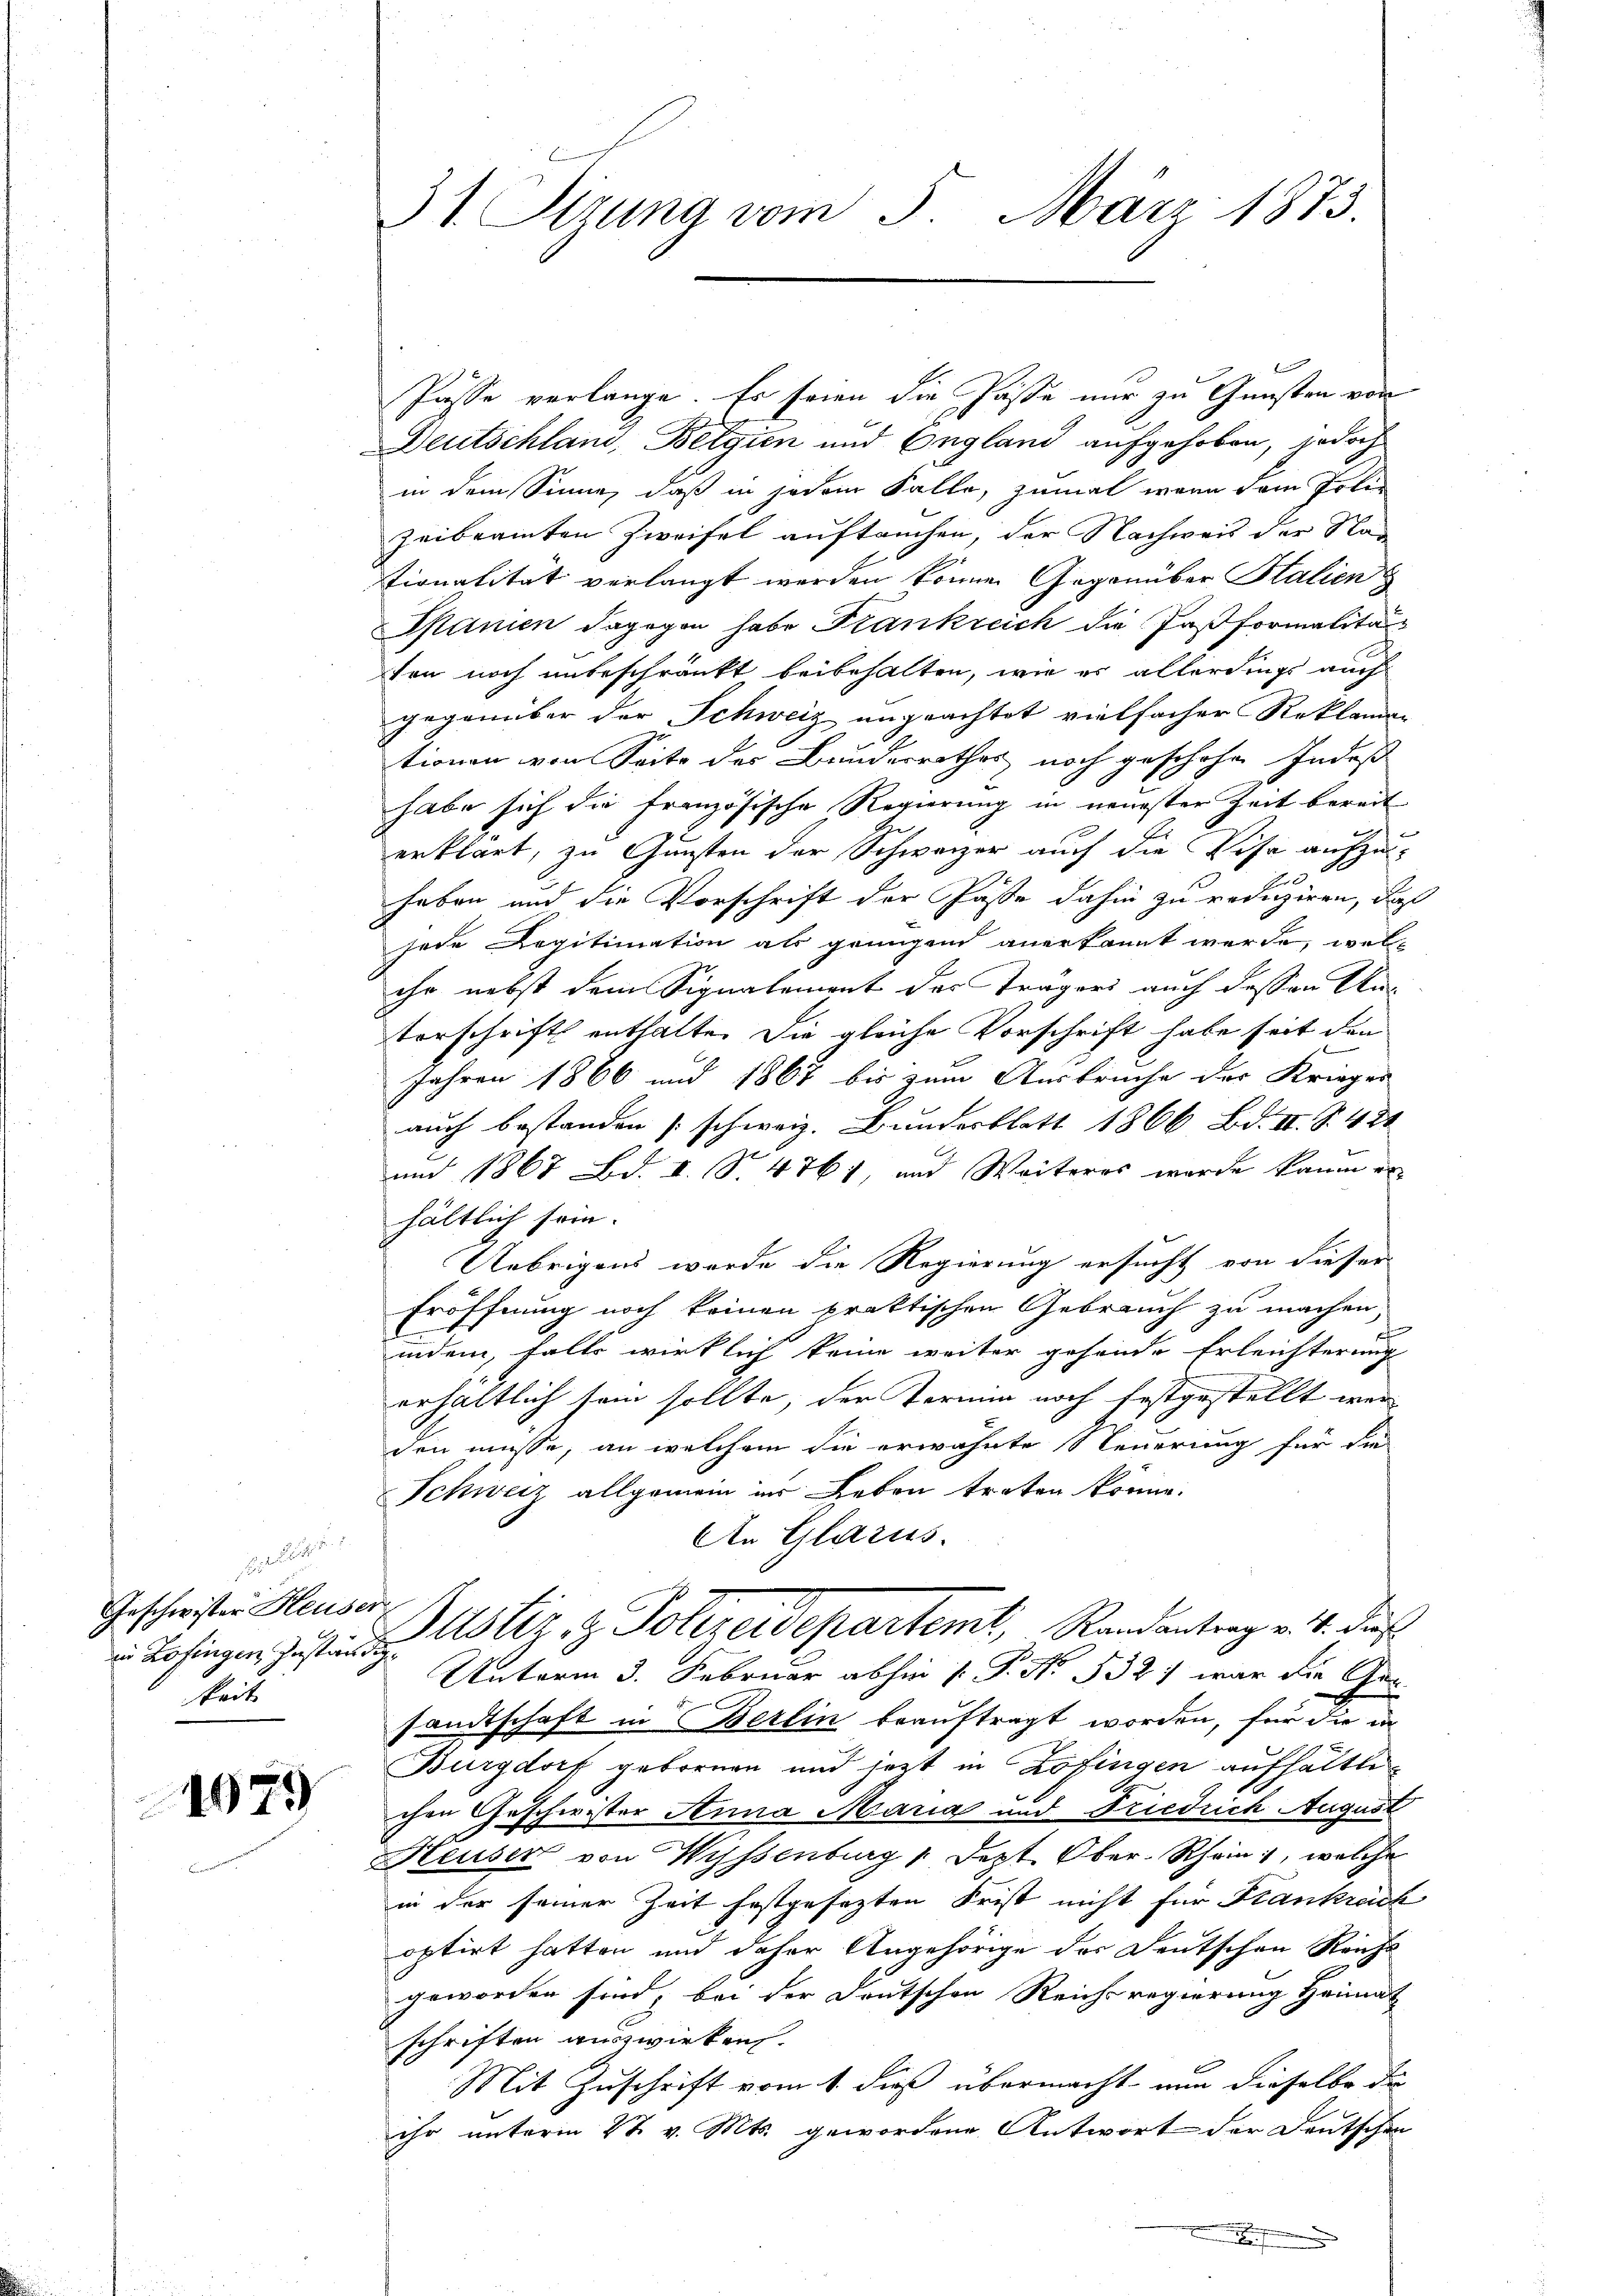
etlichen
Geschwister Heuse
e
in Zofingen Zustän
keit

1079

31. Sizung vom 5. März 1873.

Pässe verlange. Es seien die Pässe nur zu Gunsten von
Deutschland, Belgien und England aufgehoben, jedoch
in dem Sinne, daß in jedem Falle, zumal waren dem Polie
zeibeamten Zweifel auftauchen, der Nachweis der Nad
tionalität verlangt werden können Gegenüber Stalien
Spanien dagegen habe Frankreich die Jasformalitär
ten noch unbeschränkt beibehalten, wie es allerdings auch
gegenüber der Schweiz ungeachtet vielfacher Reklamationen von Seite des Bundesrathes noch geschehen Indeß
habe sich die französische Regierung in neuester Zeit bereit
erklärt, zu Gunsten der Schweizer auch die Visa aufzu-
haben und die Vorschrift der Paste dahin zu reduziren, daß
jede Legitimation als geingend anerkannt werde, welihr nebst dem Signalement des Trägeri auch dessen Un¬
Vorschrift enthalte. Die gleiche Vorschrift habe seit den
Jahren 1866 und 1867 bis zum Ausbruche der Krieger
auch bestanden schweiz. Bunderblatt 1866 Bd. II S. 428
und 1867 Bd. I S. 4761, und Weiteres wurde kaum er
hältlich sein.
Uebrigens werde die Regierung ersucht von dieser
Eröffnung noch keinen praktischen Gebrauch zu machen,
indem, falls wirklich keine weiter gehende Erleichterung
erhältlich sein sollte, der Termin noch festgestellt wer
den müsse, an welchem die erwähnte Steuerung für die
Schweiz allgemein in Leben treten könne.
An Glarus.
Justiz & Polizeidepartemt, Randantrag v. 4. das
 Unterm 3. Februar abhin (: P. No. 532 war die Gen
sandtschaft in Berlin beauftragt worden, für die in
Burgdorf gebornen und jetzt in Zofingen aufhaltli
chen Geschwister Anna Maria und Friedrich August
Heuser von Wissenburg 1. Sept. Ober-Rhein, welche
in der seiner Zeit festgesezten Frist nicht für Frankreich
optirt hatten und daher Angehörige der Deutschen Reichs
geworden sind, bei der Deutschen Reichsregierung Heimat
schriften auswirken.
Mit Zuschrift vom 1. dieß übermacht nun dieselbe die
ihr unterm 27. v. Mts. gewordene Antwort der Deutschen
f

b